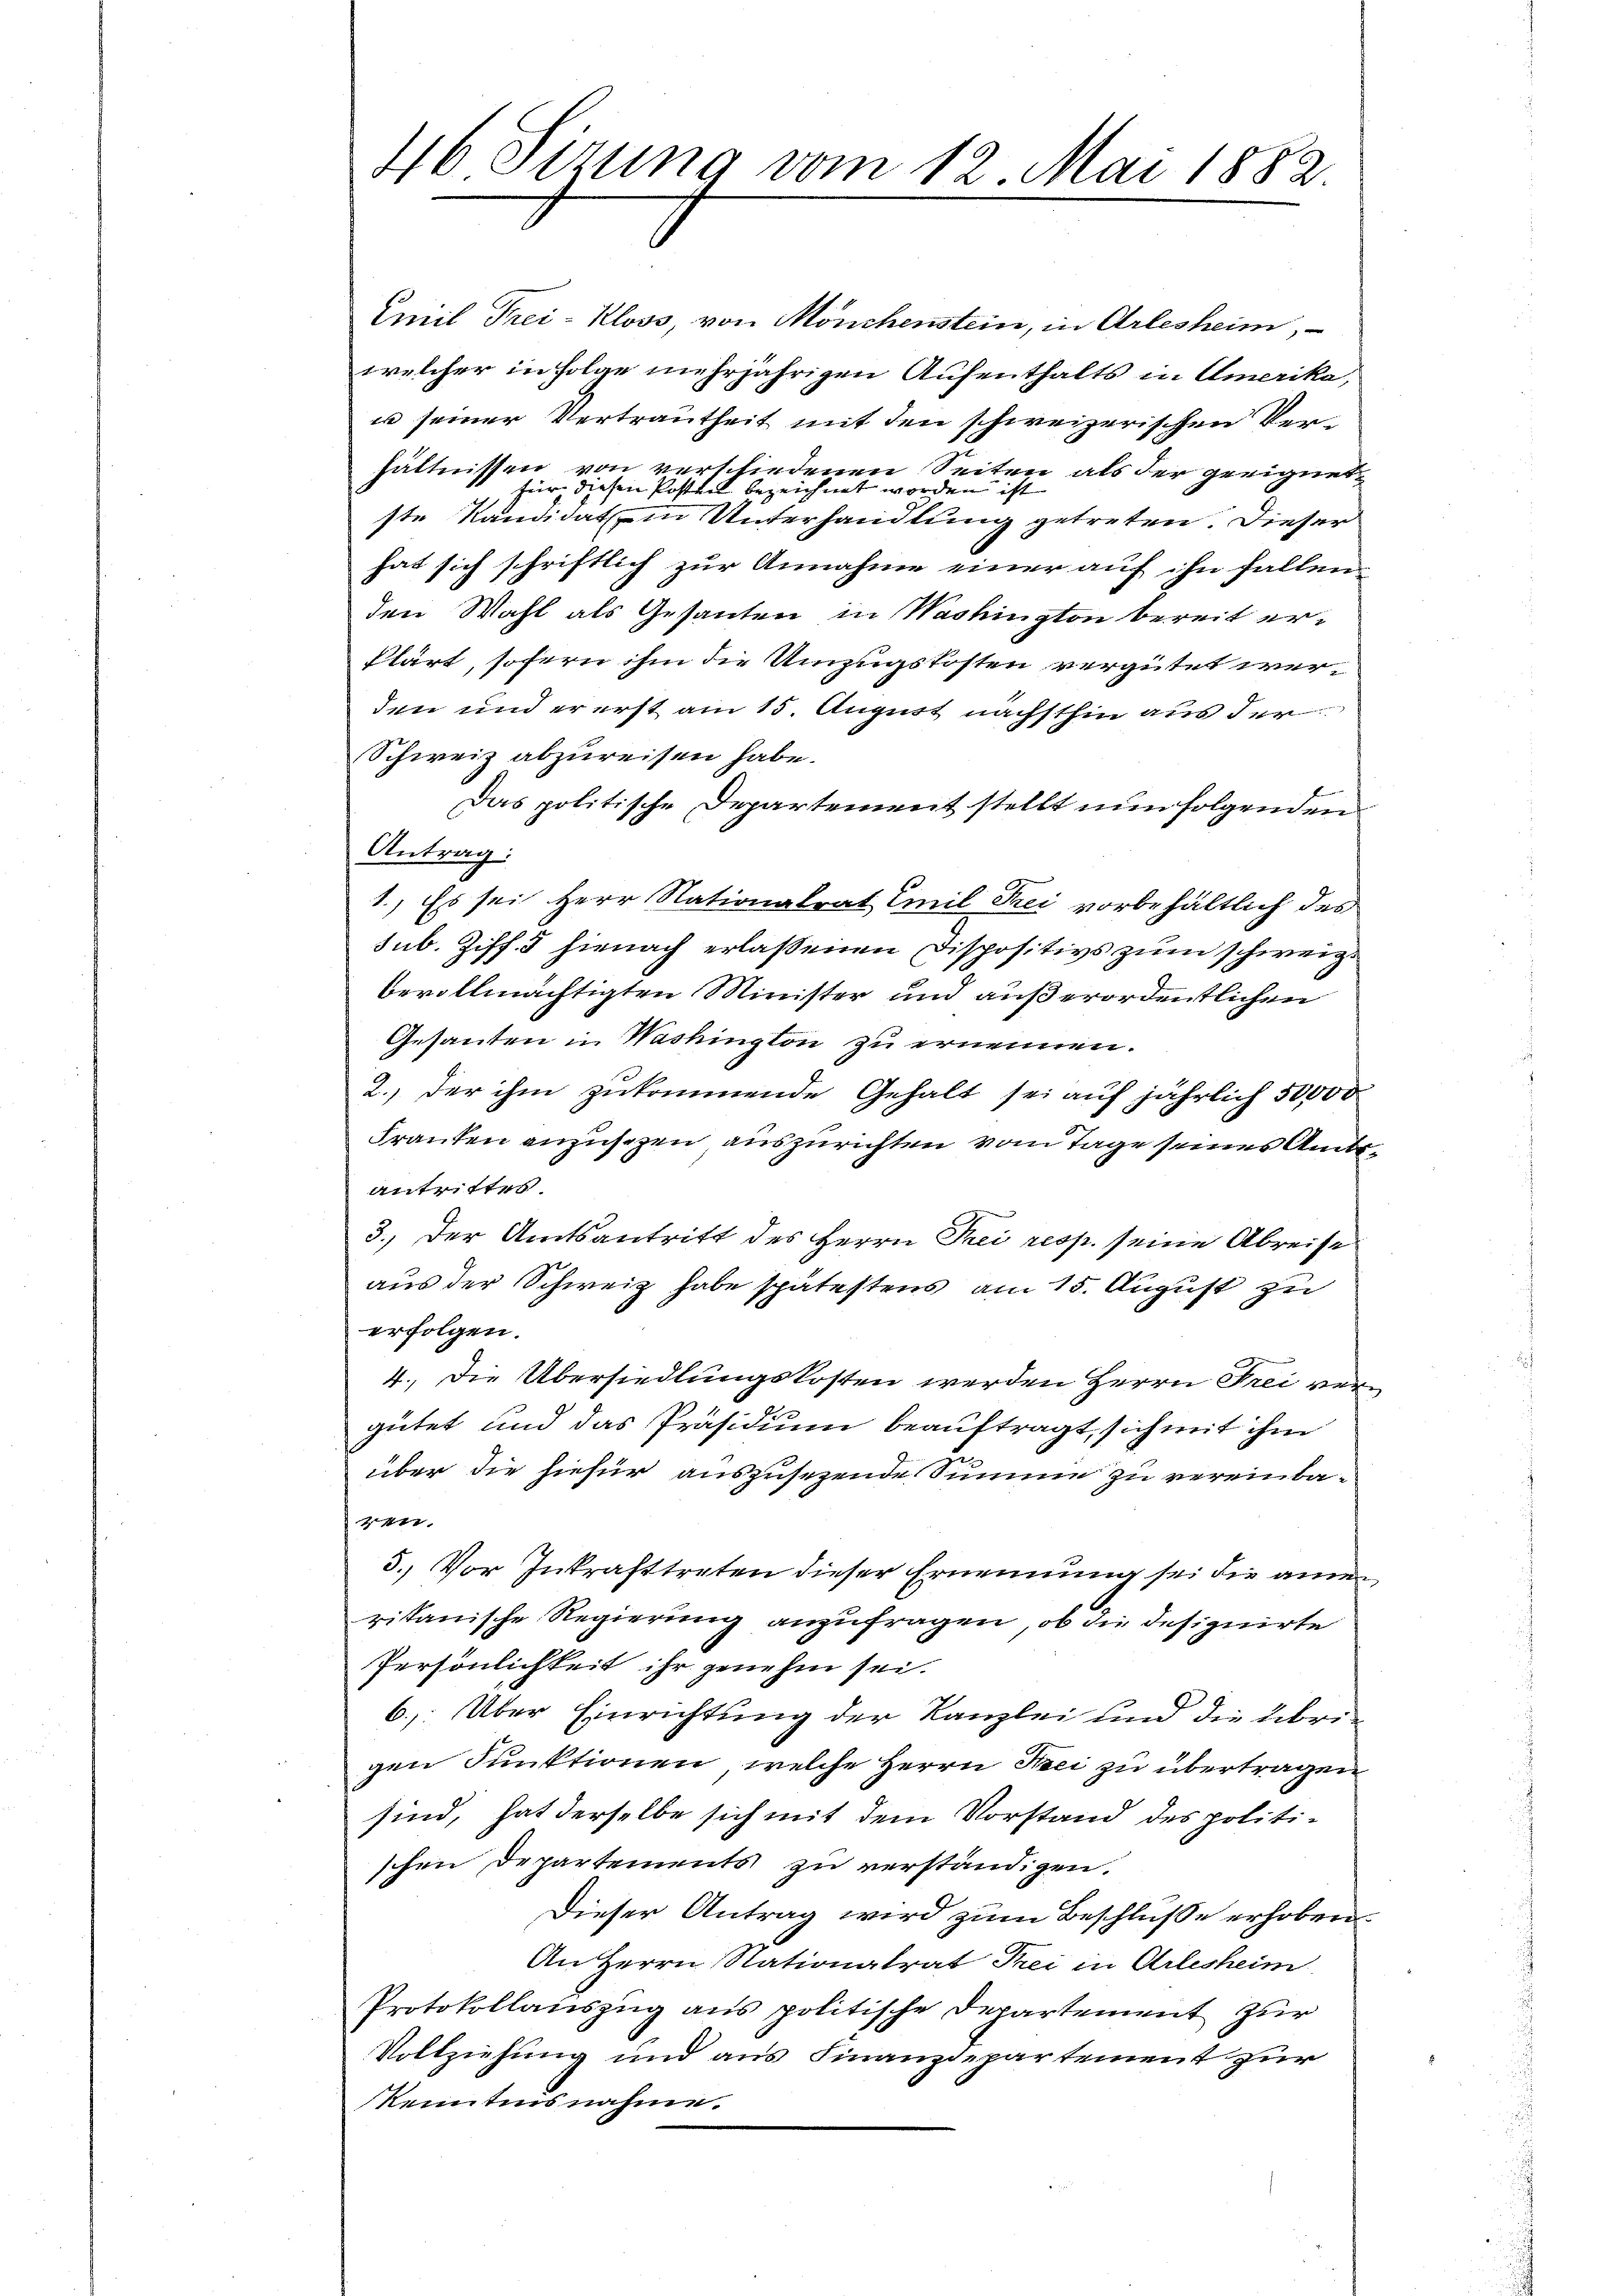
46 sizung vom 12 Mai 1882

Emil Frei-Kloss, von Mönchenstein, in Arlesheim,
welcher in Folge mehrjährigen Aufenthalts in Amerika,
u seiner Vertrautheit mit den schweizerischen Verhältnissen von verschiedenen Seiten als der geeignet
für diesen Posten bezeichnet worden ist
ste Kandidat in Unterhandlung getreten. Dieser
hat sich schriftlich zur Annahme einer auf ihn fallen
den Wahl als Gesanten in Washington bereit erklärt, sofern ihm die Umzugskosten vergütet werden und er erst am 15. August nächsthin aus der
Schweiz abzureisen habe.
Das politische Departement stellt nun folgenden
Antrag:
1.) Es sei Herr Nationalrat Emil Frei vorbehältlich des
sub. Ziff. 3 hienach erlaßenen Dispositivs zum schweiz.
bevollmächtigten Minister und außerordentlichen
Gesanden in Washington zu ernennen.
2. der ihm zukommende Gehalt sei auf jährlich 50000
Franten anzusezen auszurichten vom Tage seines Amtsantrittes.
3.) Der Amtsantritt des Herrn Prei resp. seine Abreise
aus der Schweiz habe spätestens am 15. August zu
erfolgen.
inen
4. Die Übersiedlungskosten werden Herrn Frei vor
gütet und das Präsidium beauftragt, sich mit ihm
über die hiefür auszusehende Summe zu vereinbaen
5. Vor Inkrafttreten dieser Ernennung sei die ameritanische Regierung anzufragen, ob die designirte
Persönlichkeit ihr genehm sei.
6. Über Einrichtung der Kanzlei und die übrigen Funktionen, welche Herrn Sei zu übertragen
sind, hat derselbe sich mit dem Vorstand des politi-
schen Departements zu verständigen.
Dieser Antrag wird zum Beschluße erhoben
An Herrn Nationalrat Frei in Arlesheim
Protokollauszug aus politische Departement zur
Vollziehung und aus Finanzdepartement zur
kenntnisnahme.